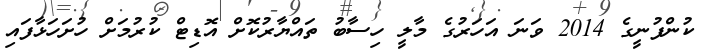
ކުންފުނީގެ 2014 ވަނަ އަހަރުގެ މާލީ ހިސާބު ތައްޔާރުކޮށް އޮޑިޓް ކުރުމަށް ހުށަހަޅާފައި